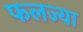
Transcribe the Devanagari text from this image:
फलज्या